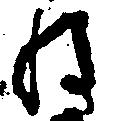
ね